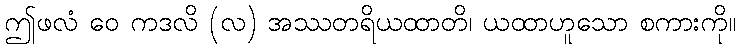
ဤဖလံ ဝေ ကဒလိ (လ) အဿတရိယထာတိ၊ ယထာဟူသော စကားကို။